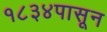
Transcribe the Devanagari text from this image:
१८३४पासून